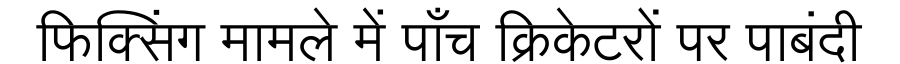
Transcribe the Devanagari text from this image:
फिक्सिंग मामले में पाँच क्रिकेटरों पर पाबंदी